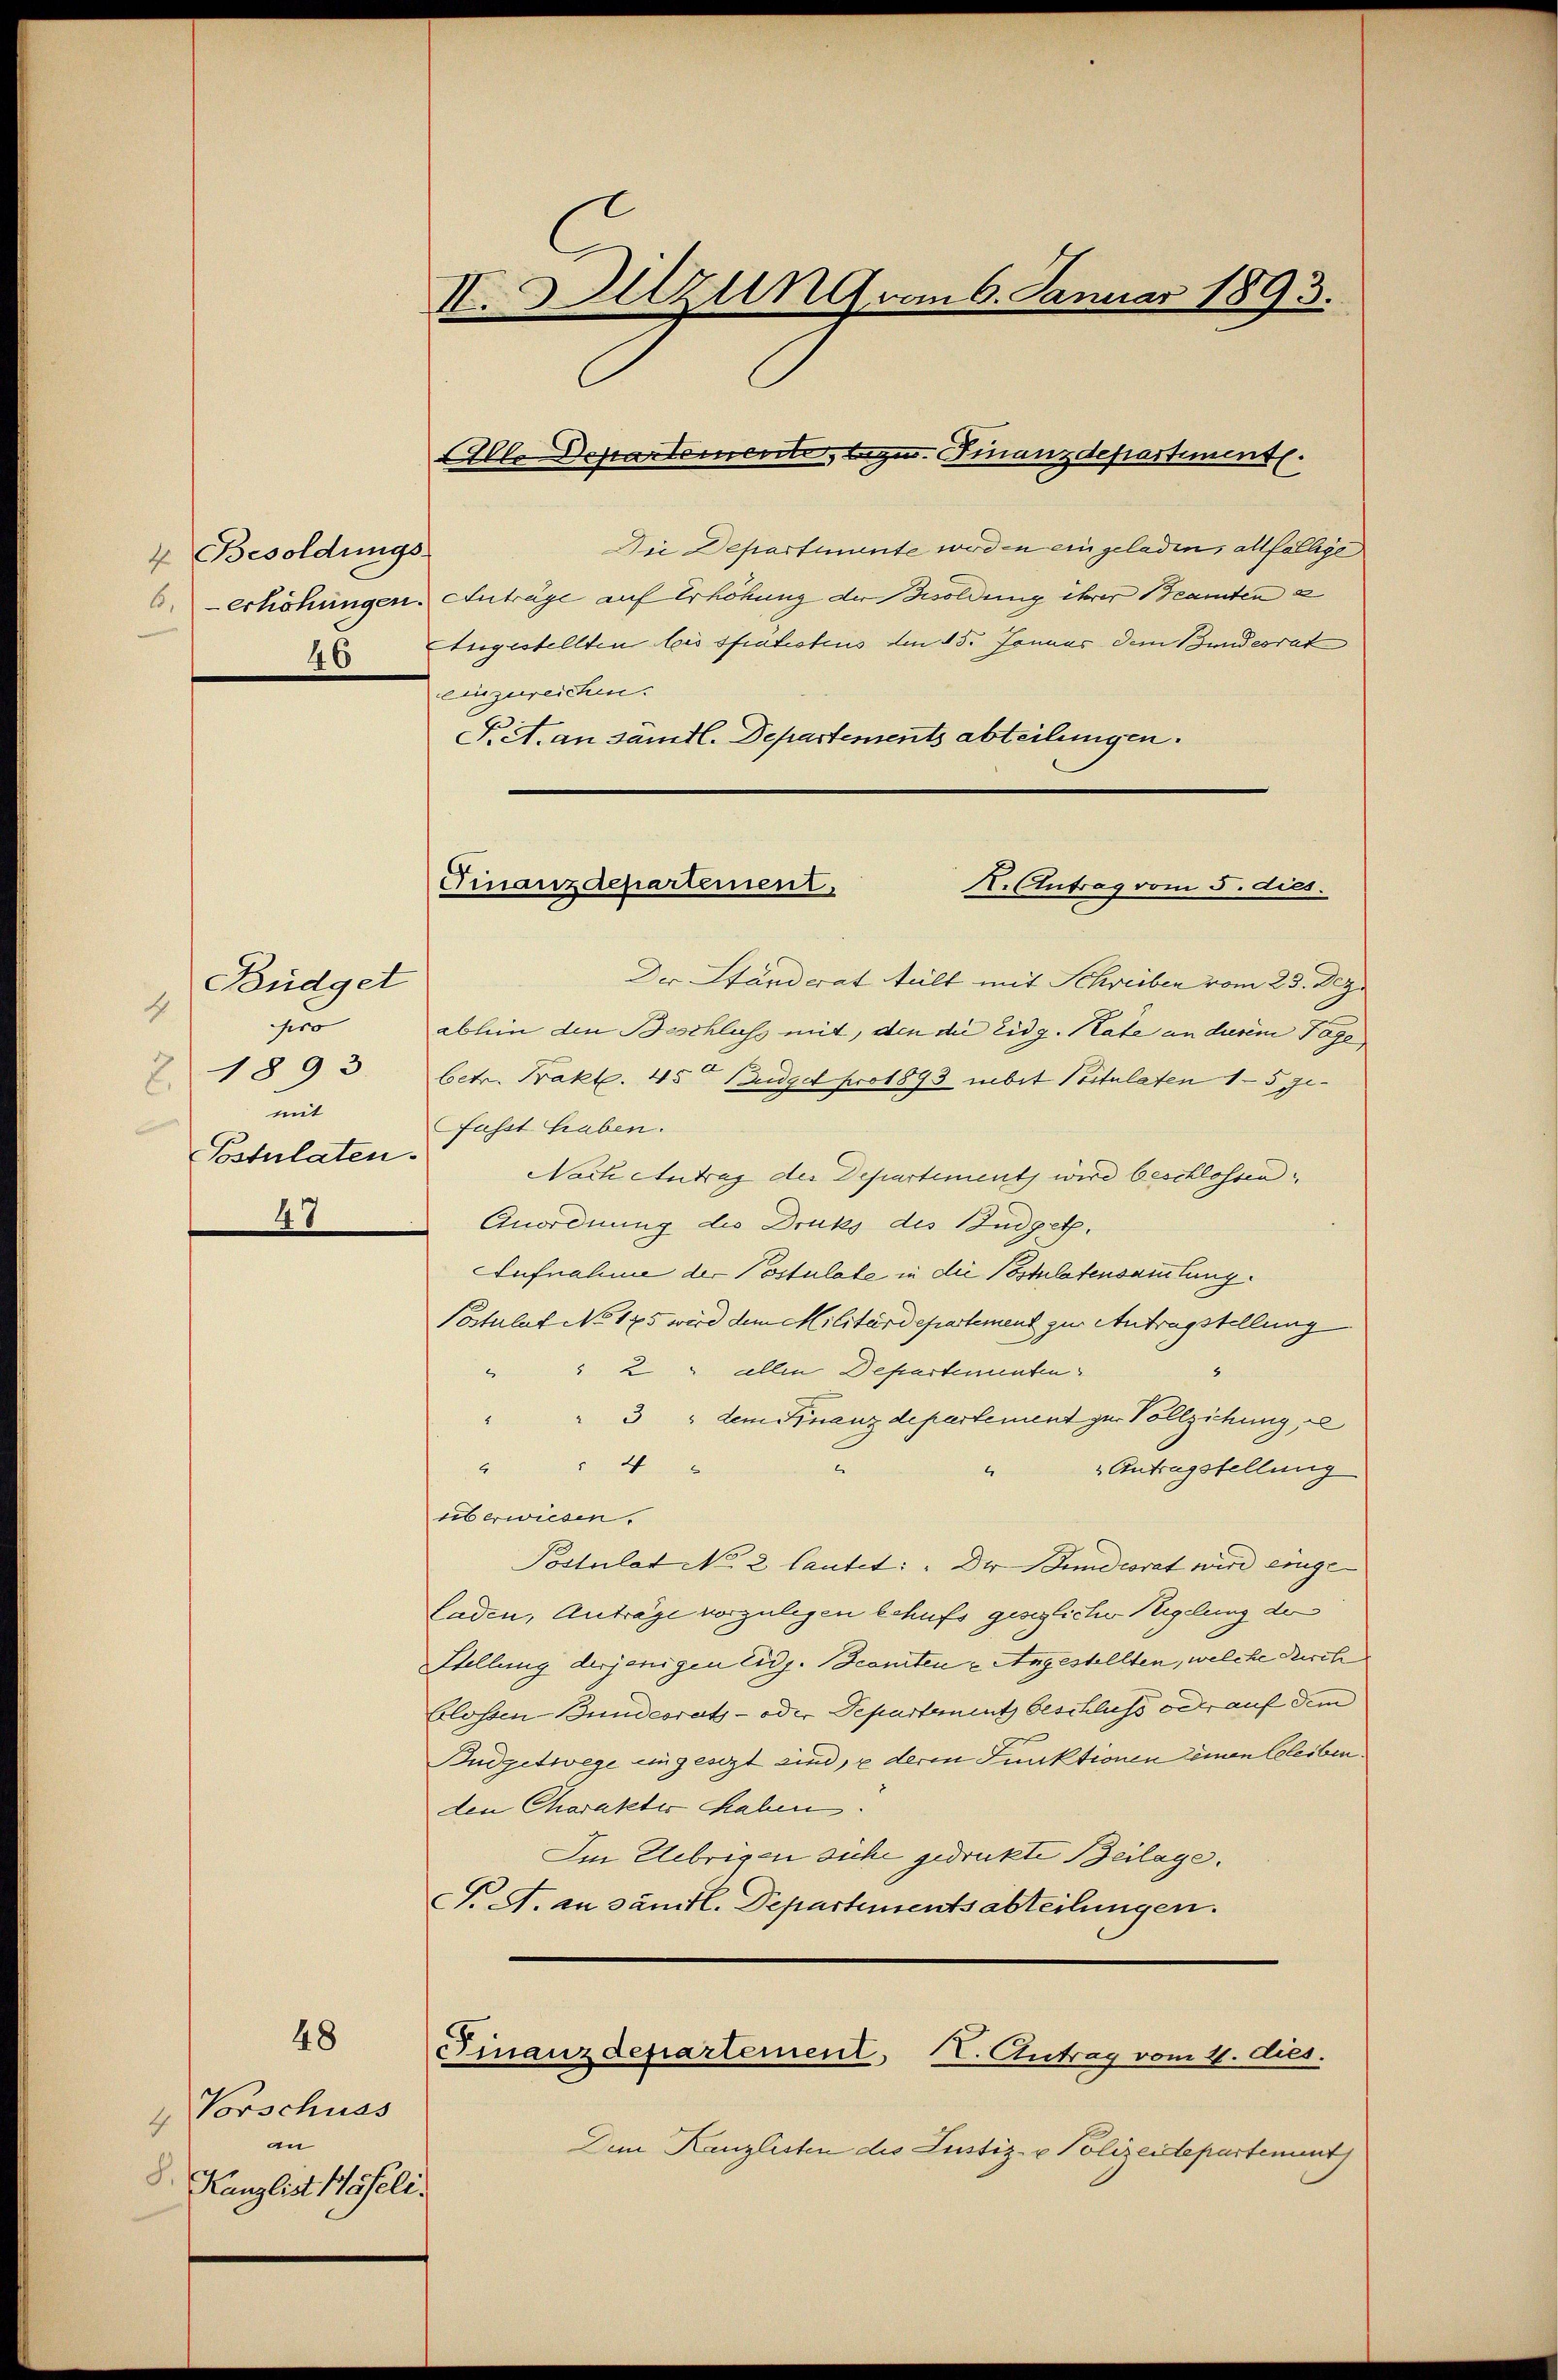
4 Besoldungs-

Büdget
1
r
Z 1893.
mit
Postulaten.
48

Vorschuss
4
an
8. Kanzlist Haseli

48

II. Setzung vom 6. Januar 1893.

Finanzdepartement.
K. Antrag vom 5. dies

Alle Departemente, lege. Finanzdepartiment.
Die Departimente wirden eingeladen, allfällige
6. erhöhungen. Anträge auf Erhöhung der Besoldung ihrer Beamten a
 Etugestellten bis spätestius den 15. Januar dem Bundesrat
einzureichen.
Piet. an sämtl. Departensents abteilungen.
Der Ständerat teilt mit Schrieben vom 23. Dez.
abhin den Beschluss mit, den die Eidg. Rate an diesem Tage
betr. Bakt. 15ten Budget pro 1893 rebit Postulaten 15 gefasst Graben.
Nach Antrag der Departement wird beschlossen,
Anordnung die Drucks des Budget.
Aufnahme der Postulate in die Postulatensammlung.
Postulat No 125 wird dem Militärdepartement zur Antragstellung
" " 2 " allen Departementen
"3 " dem Finanzdepartement zur Vollziehung e
2
" Antragstellung
4
überwiesen.
Postulat No. 2 lautet: "Der Stundesrat wird einge¬
Laden, Anträge vorzulegen behufs gesezlicher Regelung der
Stellung derjenigen Eidg. Beamten Angestellten, welche Kirch
blossen-Bundesrats- oder Departement beschluss oder auf dem
Budgetwege eingesezt sind, e deren Funktionen seinen bleiben.
den Charakter Haben.
Im Uebrigen siche gedruckte Beilage.
T. A. an sämtl. Departementsabteilungen.
Finanzdepartement, IV. Antrag vom 4. dies.
Dem Kanzlisten die Justiz- & Polizeidepartement